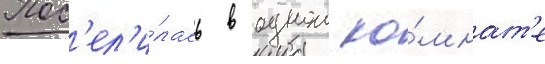
Пос'ел'и́лась в однои ко́мнат'е